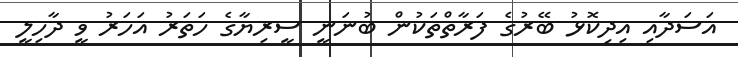
އަސަދާއި އިދިކޮޅު ބޭރުގެ ފަރާތްތަކުން ބުނަނީ ސީރިޔާގެ ހަތަރު އަހަރު ވީ ދާހިލީ